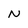
Character: N